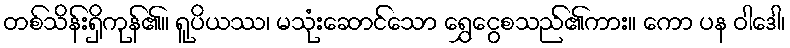
တစ်သိန်းရှိကုန်၏။ ရူပိယဿ၊ မသုံးဆောင်သော ရွှေငွေစသည်၏ကား။ ကော ပန ဝါဒေါ၊